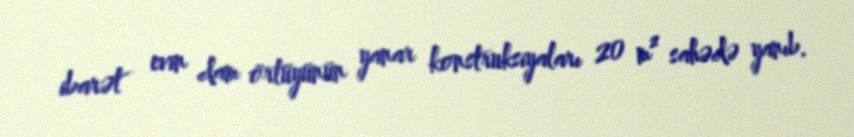
ibarət evin dam örtüyünün yanar konstruksiyaları 20 m² sahədə yanıb.